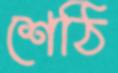
শেঠি